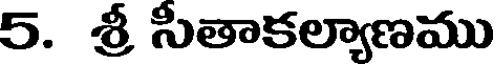
5. శ్రీ సీతాకల్యాణము